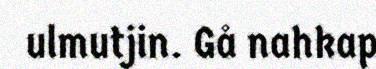
ulmutjin. Gå nahkap